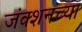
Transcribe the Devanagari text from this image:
जंक्शनच्या